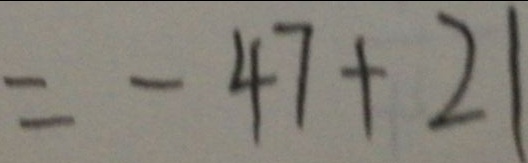
= - 4 7 + 2 1